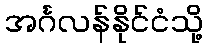
အင်္ဂလန်နိုင်ငံသို့